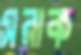
সরাক